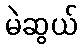
မဲဆွယ်